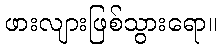
ဖားလျားဖြစ်သွားရော။